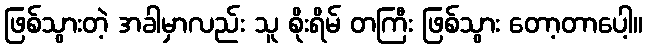
ဖြစ်သွားတဲ့ အခါမှာလည်း သူ စိုးရိမ် တကြီး ဖြစ်သွား တော့တာပေါ့။